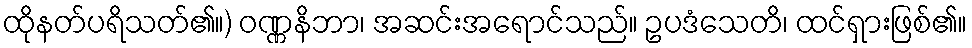
ထိုနတ်ပရိသတ်၏။) ဝဏ္ဏနိဘာ၊ အဆင်းအရောင်သည်။ ဥပဒံသေတိ၊ ထင်ရှားဖြစ်၏။